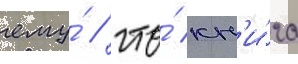
ему́ / что́ кн'и́га